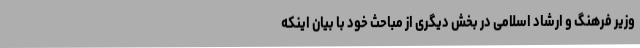
وزیر فرهنگ و ارشاد اسلامی در بخش دیگری از مباحث خود با بیان اینکه